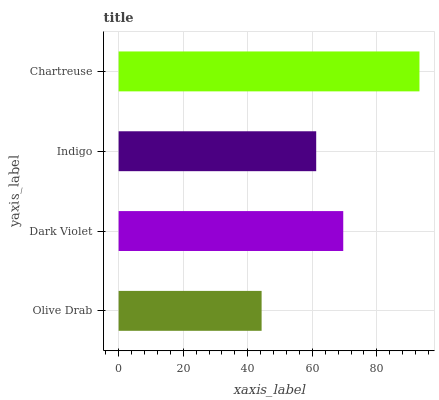
| yaxis_label | bars |
 | --- | --- |
 | Olive Drab | 44.3 |
 | Dark Violet | 69.6 |
 | Indigo | 61.2 |
 | Chartreuse | 93.2 |